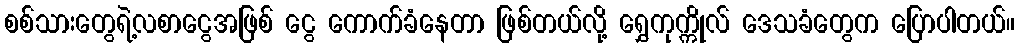
စစ်သားတွေရဲ့လစာငွေအဖြစ် ငွေ ကောက်ခံနေတာ ဖြစ်တယ်လို့ ရွှေကုက္ကိုလ် ဒေသခံတွေက ပြောပါတယ်။